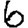
Digit: 6